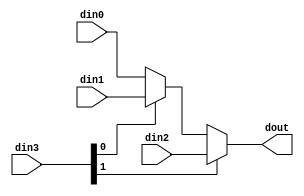
// ==============================================================
// File generated by Vivado(TM) HLS - High-Level Synthesis from C, C++ and SystemC
// Version: 2018.2
// Copyright (C) 1986-2018 Xilinx, Inc. All Rights Reserved.
// 
// ==============================================================


`timescale 1ns/1ps

module update_knn_clustedEe #(
parameter
    ID                = 0,
    NUM_STAGE         = 1,
    din0_WIDTH       = 32,
    din1_WIDTH       = 32,
    din2_WIDTH       = 32,
    din3_WIDTH         = 32,
    dout_WIDTH            = 32
)(
    input  [31 : 0]     din0,
    input  [31 : 0]     din1,
    input  [31 : 0]     din2,
    input  [1 : 0]    din3,
    output [31 : 0]   dout);

// puts internal signals
wire [1 : 0]     sel;
// level 1 signals
wire [31 : 0]         mux_1_0;
wire [31 : 0]         mux_1_1;
// level 2 signals
wire [31 : 0]         mux_2_0;

assign sel = din3;

// Generate level 1 logic
assign mux_1_0 = (sel[0] == 0)? din0 : din1;
assign mux_1_1 = din2;

// Generate level 2 logic
assign mux_2_0 = (sel[1] == 0)? mux_1_0 : mux_1_1;

// output logic
assign dout = mux_2_0;

endmodule